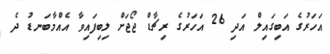
އަހަރުގެ އަބިގައިލް އަދި 26 އަހަރުގެ ރިޗާޑް ޖޯޖަށް ލިބިފައިވާ އެއްމާބަނޑު ދެ